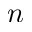
n